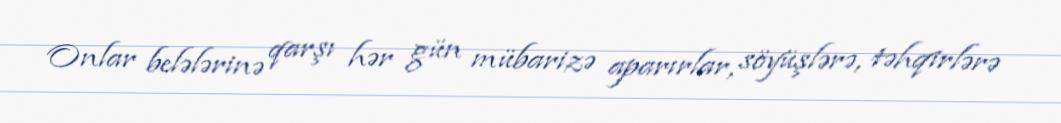
Onlar belələrinə qarşı hər gün mübarizə aparırlar, söyüşlərə, təhqirlərə